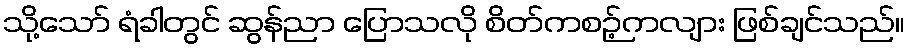
သို့သော် ရံခါတွင် ဆွန်ညာ ပြောသလို စိတ်ကစဉ့်ကလျား ဖြစ်ချင်သည်။